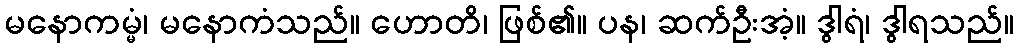
မနောကမ္မံ၊ မနောကံသည်။ ဟောတိ၊ ဖြစ်၏။ ပန၊ ဆက်ဦးအံ့။ ဒွါရံ၊ ဒွါရသည်။